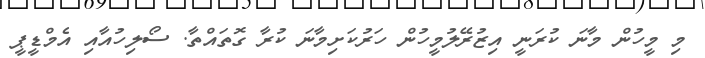
މި މީހުން މާނަ ކުރަނީ އިޒުރޭލުމީހުން ހަރުކަށިމާނަ ކުރާ ގޮތައްތާ. ސޯލިހުއާއި އެމްޑީޕީ